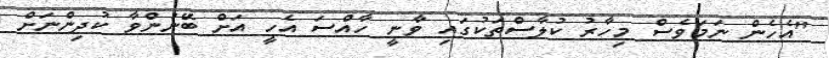
"އެހެން ނަމަވެސް މިހާރު ކުލާސްތަކުގައި ވާނީ ހާއްސަ އެހީ އަށް ބޭނުންވާ ކުދިންނަށް